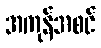
အကုန်အစင်